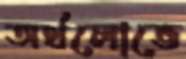
অর্থলোভে